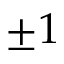
\pm 1